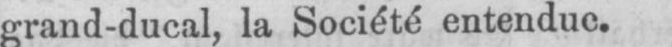
grand-ducal, la Société entendue.